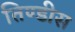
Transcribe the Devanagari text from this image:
तिण्डीस